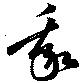
我